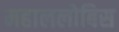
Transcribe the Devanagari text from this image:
महाललोबिस